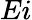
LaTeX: Ei